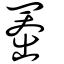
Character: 𫥨